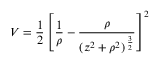
V = \frac { 1 } { 2 } \left[ \frac { 1 } { \rho } - \frac { \rho } { ( z ^ { 2 } + \rho ^ { 2 } ) \, ^ { \frac { 3 } { 2 } } } \right] ^ { 2 }